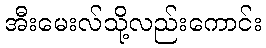
အီးမေးလ်သို့လည်းကောင်း